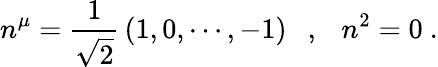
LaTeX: n^{\mu}=\frac{1}{\sqrt{2}}\, (1,0,\cdots,-1)\ \ \ ,\ \ \ n^{2}=0\ .